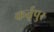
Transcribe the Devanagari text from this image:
कर्तृपुर